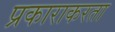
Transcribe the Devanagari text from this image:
प्रकाराकरता